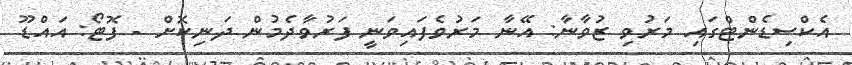
އެކްސިޑެންޓްގައި މަރުވި ޒުވާނާ: އޭނާ މަރުވެފައިވަނީ ފަރުވާދެމުން ދަނިކޮށް - ފޮޓޯ: އައްޑޫ